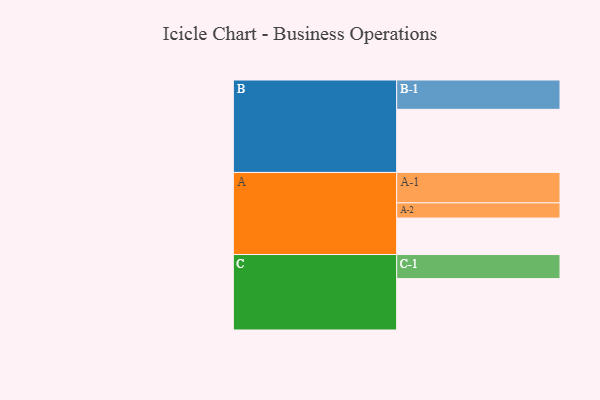
{"axis": {"x": "Segment", "y": "Value"}, "legend": ["", "A", "B", "C"], "data": [{"x": "A", "y": 346, "type": ""}, {"x": "B", "y": 598, "type": ""}, {"x": "C", "y": 487, "type": ""}, {"x": "A-1", "y": 288, "type": "A"}, {"x": "A-2", "y": 144, "type": "A"}, {"x": "B-1", "y": 278, "type": "B"}, {"x": "C-1", "y": 228, "type": "C"}]}